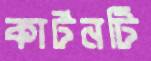
কার্টনটি